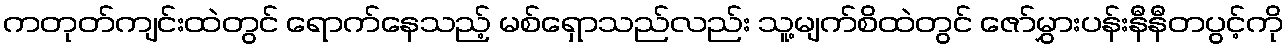
ကတုတ်ကျင်းထဲတွင် ရောက်နေသည့် မစ်ရှောသည်လည်း သူ့မျက်စိထဲတွင် ဇော်မွှားပန်းနီနီတပွင့်ကို